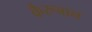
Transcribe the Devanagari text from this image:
कैरूवान